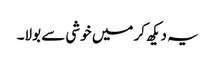
یہ دیکھ کر میں خوشی سے بولا۔